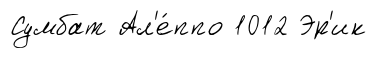
Сумбат Ал'е́ппо 1012 Эр'ик